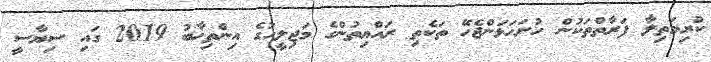
ކުރިމަތިލާ ފަރާތްތަކުން ހުށަހަޅަންޖެހޭ ތަކެތި ރައްޔިތުންގެ މަޖިލީހުގެ އިންތިޚާބު 2019 ގައި ސިޔާސީ